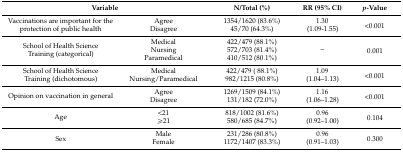
<table><thead><tr><td colspan="2"><b>Variable</b></td><td><b>N/Total (%) </b></td><td><b>RR (95% CI)</b></td><td><b><i>p</i>-Value</b></td></tr></thead><tbody><tr><td rowspan="2">Vaccinations are important for the protection of public health</td><td>Agree</td><td>1354/1620 (83.6%)</td><td rowspan="2">1.30 (1.09-1.55) </td><td rowspan="2">&lt;0.001</td></tr><tr><td>Disagree</td><td>45/70 (64.3%)</td></tr><tr><td rowspan="3">School of Health Science Training (categorical)</td><td>Medical</td><td>422/479 (88.1%)</td><td rowspan="3">--</td><td rowspan="3">0.001</td></tr><tr><td>Nursing</td><td>572/703 (81.4%)</td></tr><tr><td>Paramedical</td><td>410/512 (80.1%)</td></tr><tr><td rowspan="2">School of Health Science Training (dichotomous)</td><td>Medical</td><td>422/479 ( 88.1%)</td><td rowspan="2">1.09 (1.04–1.13)</td><td rowspan="2">&lt;0.001</td></tr><tr><td>Nursing/Paramedical</td><td>982/1215 (80.8%)</td></tr><tr><td rowspan="2">Opinion on vaccination in general</td><td>Agree</td><td>1269/1509 (84.1%)</td><td rowspan="2">1.16 (1.06–1.28)</td><td rowspan="2">&lt;0.001</td></tr><tr><td>Disagree</td><td>131/182 (72.0%)</td></tr><tr><td rowspan="2">Age</td><td>&lt;21</td><td>818/1002 (81.6%)</td><td rowspan="2">0.96 (0.92–1.00)</td><td rowspan="2">0.104</td></tr><tr><td>≥21</td><td>580/685 (84.7%)</td></tr><tr><td rowspan="2">Sex</td><td>Male</td><td>231/286 (80.8%)</td><td rowspan="2">0.96 (0.91–1.03)</td><td rowspan="2">0.300</td></tr><tr><td>Female</td><td>1172/1407 (83.3%)</td></tr></tbody></table>